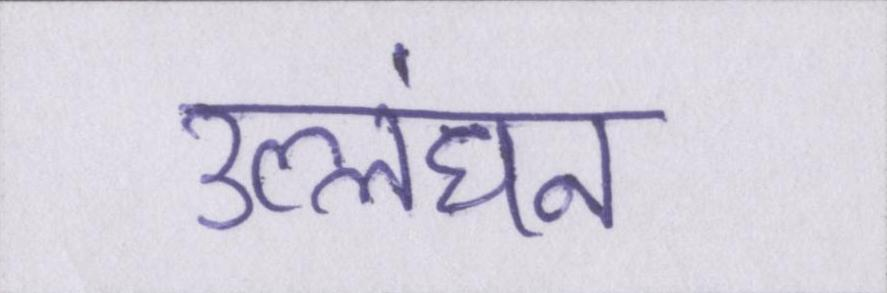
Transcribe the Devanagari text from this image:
उल्लंघन